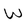
Character: W